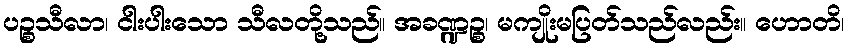
ပဉ္စသီလာ၊ ငါးပါးသော သီလတို့သည်။ အခဏ္ဍဉ္စ၊ မကျိုးမပြတ်သည်လည်း။ ဟောတိ၊